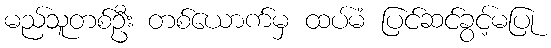
မည်သူတစ်ဦး တစ်ယောက်မှ ထပ်မံ ပြင်ဆင်ခွင့်မပြု